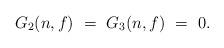
LaTeX: \begin{align*} G_2(n,f) \ = \ G_3(n, f) \ = \ 0.\end{align*}